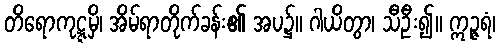
တိရောကုဋ္ဋမှိ၊ အိမ်ရာတိုက်ခန်း၏ အပ၌။ ဂါယိတွာ၊ သီဦး၍။ ဣဉ္ဇရံ၊